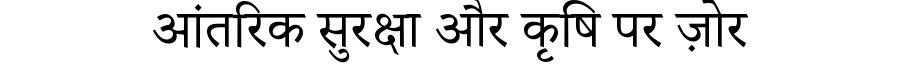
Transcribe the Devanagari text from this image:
आंतरिक सुरक्षा और कृषि पर ज़ोर